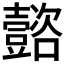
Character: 𡄻